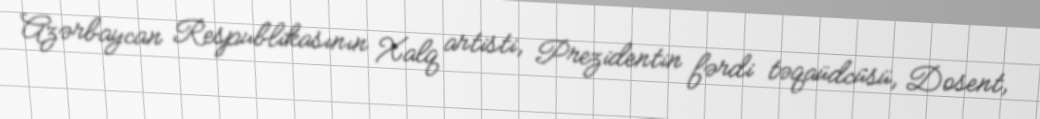
Azərbaycan Respublikasının Xalq artisti, Prezidentin fərdi təqaüdcüsü, Dosent,